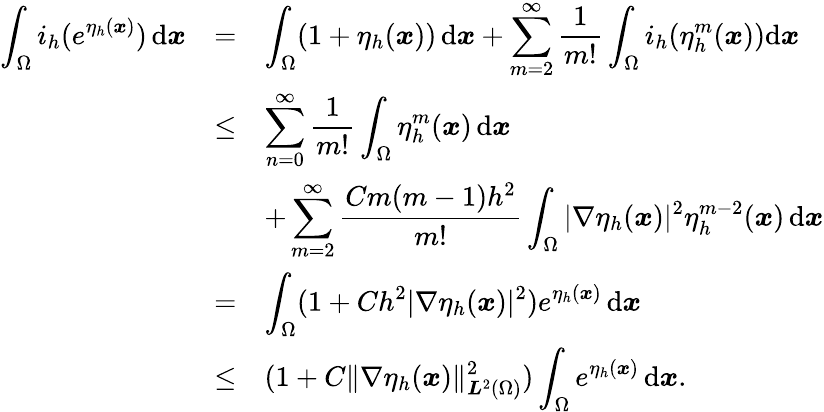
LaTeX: \begin{array}{rcl}{\displaystyle\int_{\Omega}i_{h}(e^{\eta_{h}({\boldsymbol x})})\, \mathrm{d}{\boldsymbol x}}&{=}&{\displaystyle\int_{\Omega}(1+\eta_{h}({\boldsymbol x}))\, \mathrm{d}{\boldsymbol x}+\sum_{m=2}^{\infty}\frac{1}{m!}\int_{\Omega}i_{h}(\eta_{h}^{m}({\boldsymbol x}))\mathrm{d}{\boldsymbol x}}\\ &{\le}&{\displaystyle\sum_{n=0}^{\infty}\frac{1}{m!}\int_{\Omega}\eta_{h}^{m}({\boldsymbol x})\, \mathrm{d}{\boldsymbol x}}\\ &&{\displaystyle+\sum_{m=2}^{\infty}\frac{Cm(m-1)h^{2}}{m!}\int_{\Omega}|\nabla\eta_{h}({\boldsymbol x})|^{2}\eta_{h}^{m-2}({\boldsymbol x})\, \mathrm{d}{\boldsymbol x}}\\ &{=}&{\displaystyle\int_{\Omega}(1+Ch^{2}|\nabla\eta_{h}({\boldsymbol x})|^{2})e^{\eta_{h}({\boldsymbol x})}\, \mathrm{d}{\boldsymbol x}}\\ &{\le}&{\displaystyle(1+C\| \nabla\eta_{h}({\boldsymbol x})\| _{{\boldsymbol L}^{2}(\Omega)}^{2})\int_{\Omega}e^{\eta_{h}({\boldsymbol x})}\, \mathrm{d}{\boldsymbol x}.}\end{array}